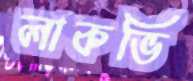
লাকভি